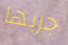
جربها